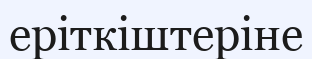
еріткіштеріне